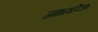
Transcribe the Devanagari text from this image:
जगन्नाथविजय